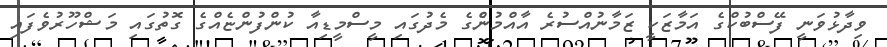
ވިދާޅުވަނީ ފޭސްބުކްގެ އަމާޒަކީ ޒަމާނުއްސުރެ އާއްމުންެގެ މެދުގައި މީސްމީޑިއާ ކުންފުންޏެއްގެ ގޮތުގައި މަޝްހޫރުވެފައި